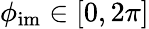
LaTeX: \phi_{\mathrm{im}}\in[0,2\pi]